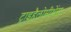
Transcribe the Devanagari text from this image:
ट्राइहैलोमीथेंस